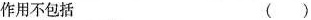
作用不包括 ( )